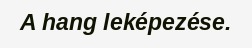
A hang leképezése.